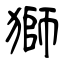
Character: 獅